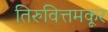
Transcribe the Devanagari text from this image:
तिरुवित्तमकूर